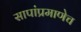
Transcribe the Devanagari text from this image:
सापांप्रमाणेच